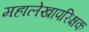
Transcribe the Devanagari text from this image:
महालेखापरिक्षक